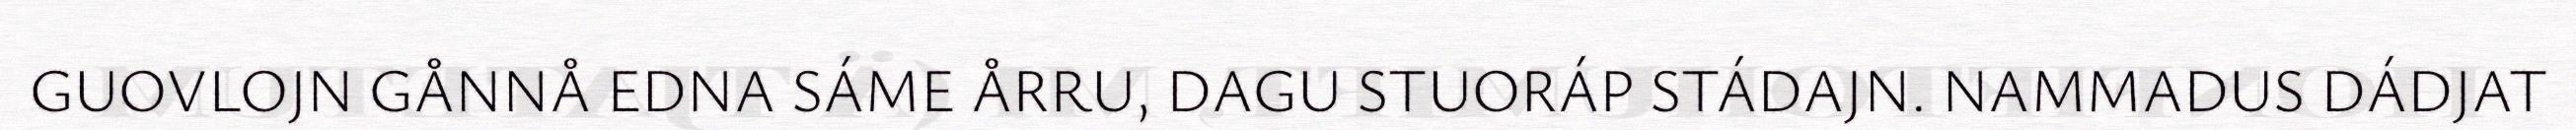
GUOVLOJN GÅNNÅ EDNA SÁME ÅRRU, DAGU STUORÁP STÁDAJN. NAMMADUS DÁDJAT